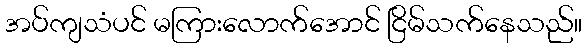
အပ်ကျသံပင် မကြားလောက်အောင် ငြိမ်သက်နေသည်။